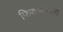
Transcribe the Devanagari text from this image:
फिरण्यातला